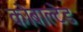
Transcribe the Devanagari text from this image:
कोबाल्टेड